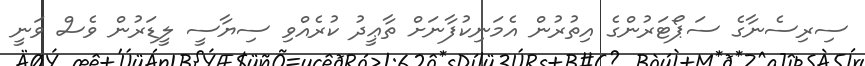
ސިރިސެނާގެ ސަޕޯޓަރުންގެ އިތުރުން އެމަނިކުފާނަށް ތާޢީދު ކުރެއްވި ސިޔާސީ ލީޑަރުން ވެސް ވަނީ